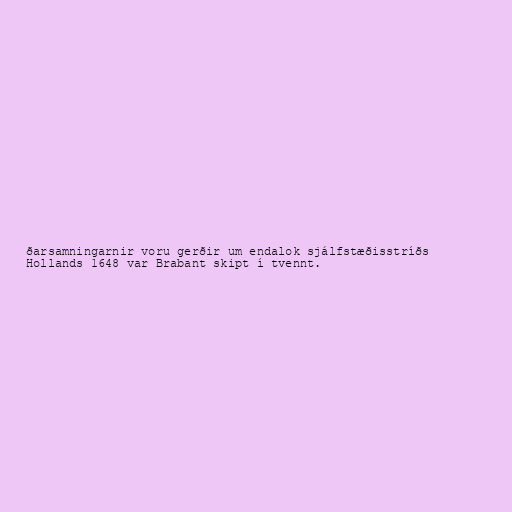
ðarsamningarnir voru gerðir um endalok sjálfstæðisstríðs
Hollands 1648 var Brabant skipt í tvennt.